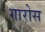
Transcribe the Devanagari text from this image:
गारोस